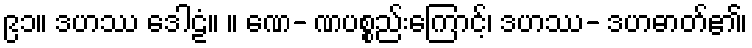
၉၁။ ဒဟဿ ဒေါဠံ။ ။ ဏေ- ဏပစ္စည်းကြောင့်၊ ဒဟဿ- ဒဟဓာတ်၏၊